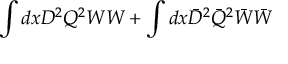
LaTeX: \int { d x D ^ { 2 } Q ^ { 2 } } W W + \int { d x \bar { D } ^ { 2 } \bar { Q } ^ { 2 } } \bar { W } \bar { W }